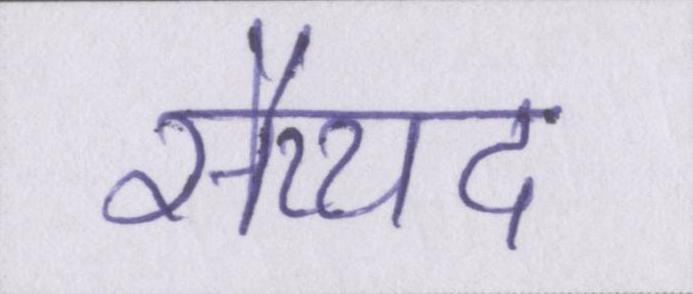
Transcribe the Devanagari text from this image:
सैय्यद